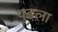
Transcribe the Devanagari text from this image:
पुढला